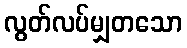
လွတ်လပ်မျှတသော